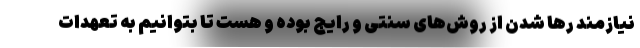
نیازمند رها شدن از روش‌های سنتی و رایج بوده و هست تا بتوانیم به تعهدات